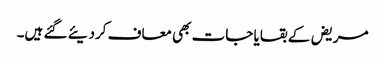
مریض کے بقایا جات بھی معاف کردیئے گئے ہیں۔